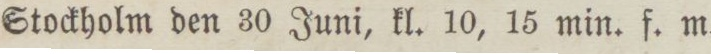
Stockholm den 30 Juni, kl. 10, 15 min. f. m.